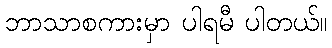
ဘာသာစကားမှာ ပါရမီ ပါတယ်။